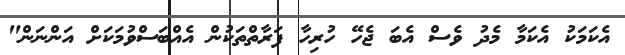
އެކަމަކު އެކަމާ މެދު ވެސް އެބަ ޖެހޭ ހުރިހާ ފަރާތްތަކުން އެއްބަސްވުމަކަށް އަންނަން"